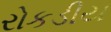
રોકડીય